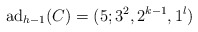
\begin{align*}{\rm ad}_{h-1}(C)=(5; 3^2, 2^{k-1}, 1^{l})\end{align*}